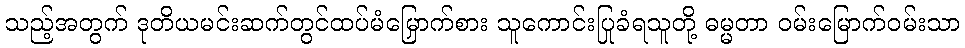
သည့်အတွက် ဒုတိယမင်းဆက်တွင်ထပ်မံမြှောက်စား သူကောင်းပြုခံရသူတို့ ဓမ္မတာ ဝမ်းမြောက်ဝမ်းသာ